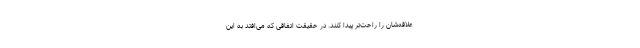
علاقه‌شان را راحت‌تر پیدا کنند. در حقیقت اتفاقی که می‌افتد به این